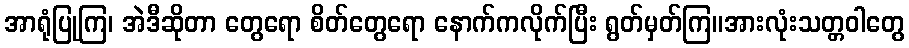
အာရုံပြုကြ၊ အဲဒီဆိုတာ တွေရော စိတ်တွေရော နောက်ကလိုက်ပြီး ရွတ်မှတ်ကြ။အားလုံးသတ္တဝါတွေ